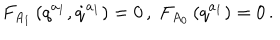
LaTeX: F _ { A _ { 1 } } \left( q ^ { a _ { 1 } } , \dot { q } ^ { a _ { 1 } } \right) = 0 \, , \; F _ { A _ { 0 } } \left( q ^ { a _ { 1 } } \right) = 0 \, .